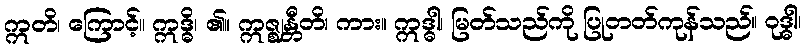
ဣတိ၊ ကြောင့်။ ဣဒ္ဓိ၊ ၏။ ဣဇ္ဈန္တီတိ၊ ကား။ ဣဒ္ဓါ၊ မြတ်သည်ကို ပြုတတ်ကုန်သည်။ ဝုဒ္ဓါ၊